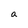
Character: a